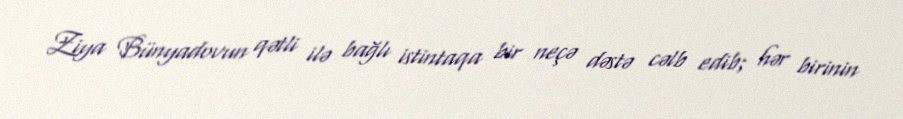
Ziya Bünyadovun qətli ilə bağlı istintaqa bir neçə dəstə cəlb edib; hər birinin